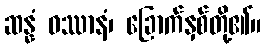
ဆန္နံ ဝဿာနံ၊ ခြောက်နှစ်တို့၏။